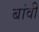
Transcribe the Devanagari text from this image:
बांवी